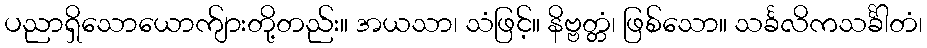
ပညာရှိသောယောက်ျားတို့တည်း။ အယသာ၊ သံဖြင့်။ နိဗ္ဗတ္တံ၊ ဖြစ်သော။ သင်္ခလိကသင်္ခါတံ၊